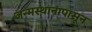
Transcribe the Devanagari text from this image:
जन्मस्थानापासून